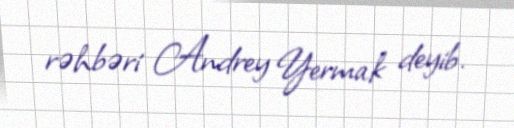
rəhbəri Andrey Yermak deyib.